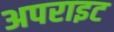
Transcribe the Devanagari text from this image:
अपराइट